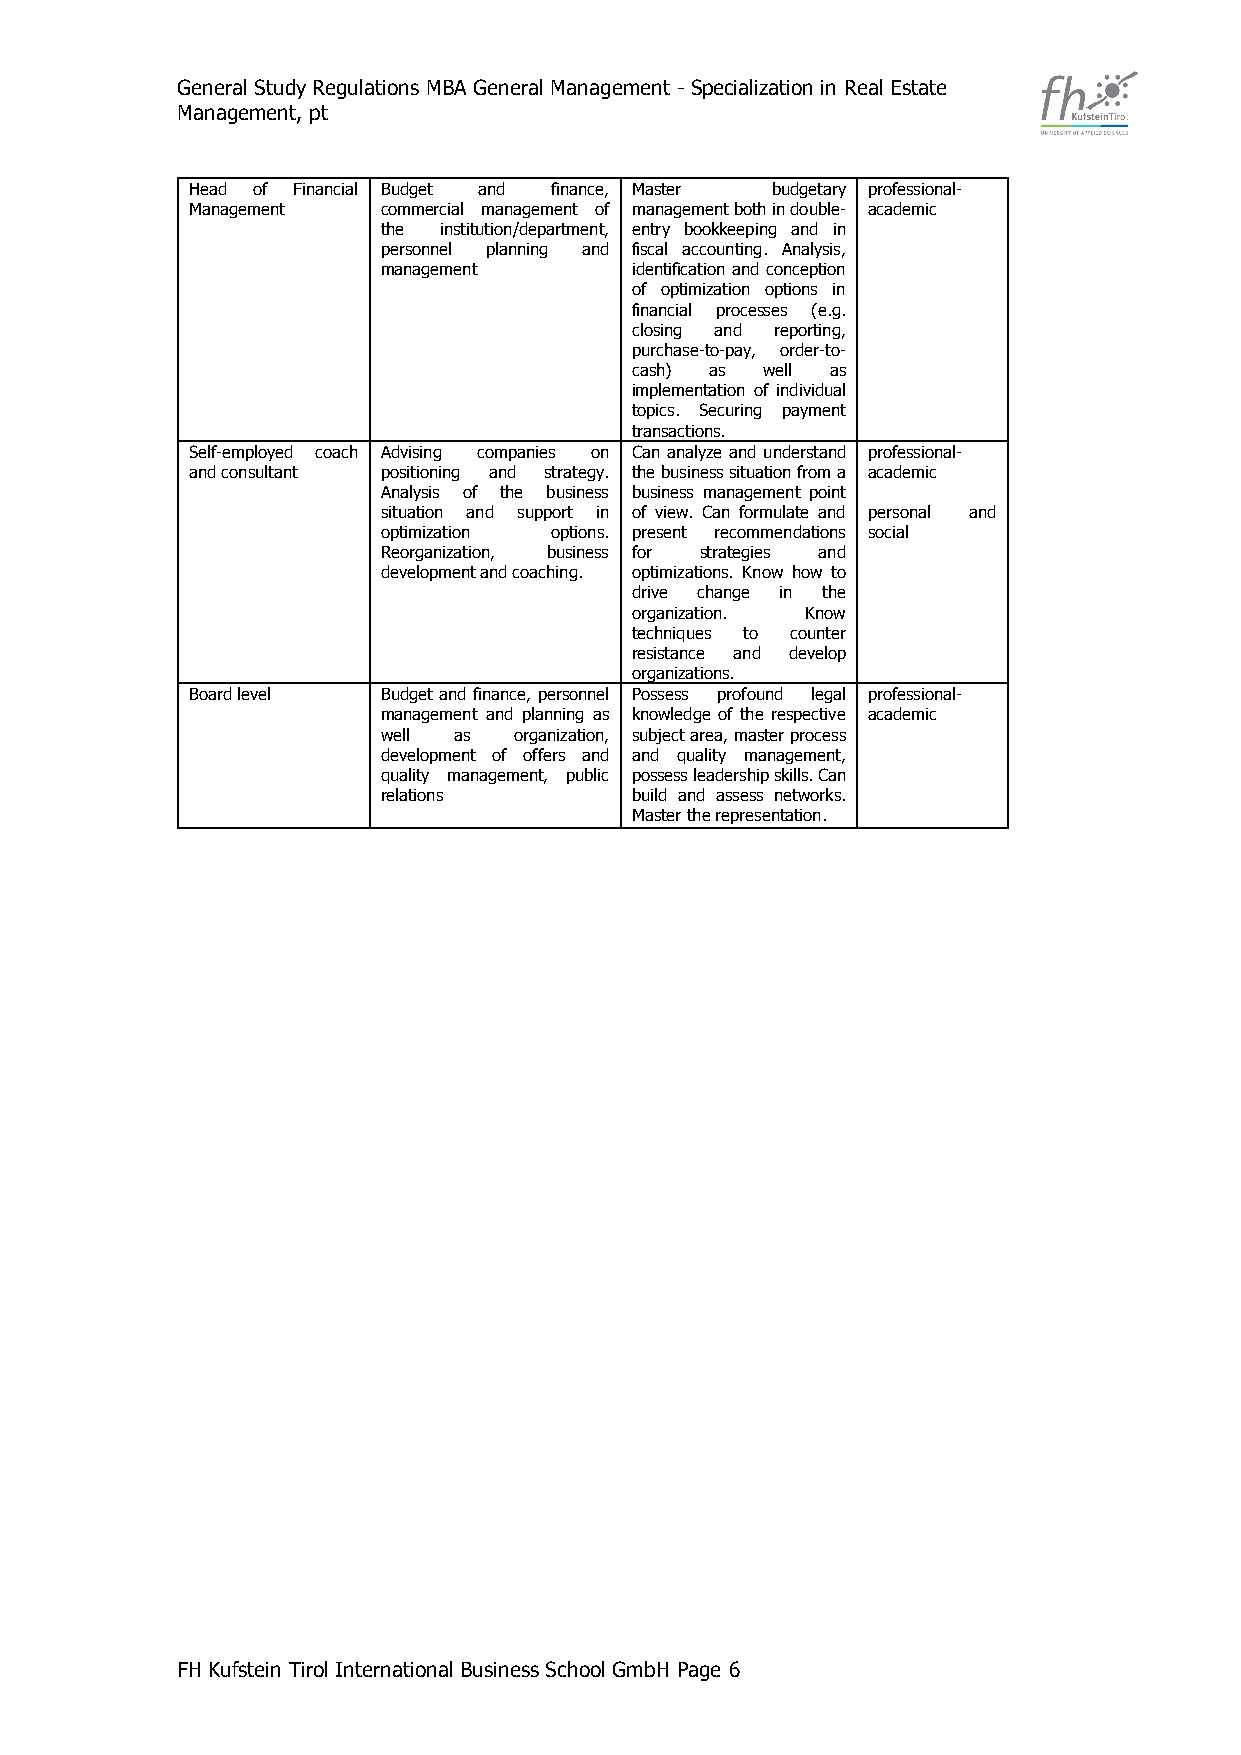
General Study Regulations MBA General Management - Specialization in Real Estate
 Management, pt
 Head of Financial Budget and finance, Master budgetary professional-
 Management  commercial management of management both in double- academic
 the institution/department, entry bookkeeping and in
 personnel planning and fiscal accounting. Analysis,
 management       identification and conception
 of optimization options in
 financial processes (e.g.
 closing and reporting,
 purchase-to-pay, order-to-
 cash) as well as
 implementation of individual
 topics. Securing payment
 transactions.
 Self-employed coach Advising companies on Can analyze and understand professional-
 and consultant positioning and strategy. the business situation from a academic
 Analysis of the business business management point
 situation and support in of view. Can formulate and personal and
 optimization options. present recommendations social
 Reorganization, business for strategies and
 development and coaching. optimizations. Know how to
 drive change in the
 organization. Know
 techniques to counter
 resistance and develop
 organizations.
 Board level Budget and finance, personnel Possess profound legal professional-
 management and planning as knowledge of the respective academic
 well as  organization, subject area, master process
 development of offers and and quality management,
 quality management, public possess leadership skills. Can
 relations        build and assess networks.
 Master the representation.
 FH Kufstein Tirol International Business School GmbH Page 6